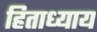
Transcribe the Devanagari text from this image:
हिताध्याय